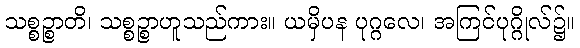
သစ္စဉ္စာတိ၊ သစ္စဉ္စာဟူသည်ကား။ ယမှိပန ပုဂ္ဂလေ၊ အကြင်ပုဂ္ဂိုလ်၌။